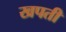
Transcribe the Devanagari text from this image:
खपती